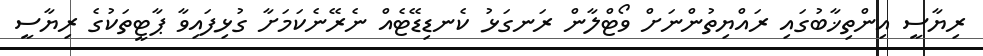
ރިޔާސީ އިންތިޚާބުގައި ރައްޔިތުންނަށް ވޯޓްލާން ރަނގަޅު ކެނޑިޑޭޓެއް ނެރޭނެކަމަށާ ގުޅިފައިވާ ޕާޓީތަކުގެ ރިޔާސީ